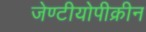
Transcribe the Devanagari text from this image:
जेण्टीयोपीक्रीन